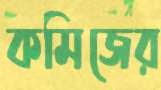
কমিজের